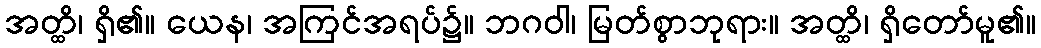
အတ္ထိ၊ ရှိ၏။ ယေန၊ အကြင်အရပ်၌။ ဘဂဝါ၊ မြတ်စွာဘုရား။ အတ္ထိ၊ ရှိတော်မူ၏။